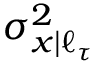
\sigma _ { x | \ell _ { \tau } } ^ { 2 }